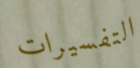
التفسيرات